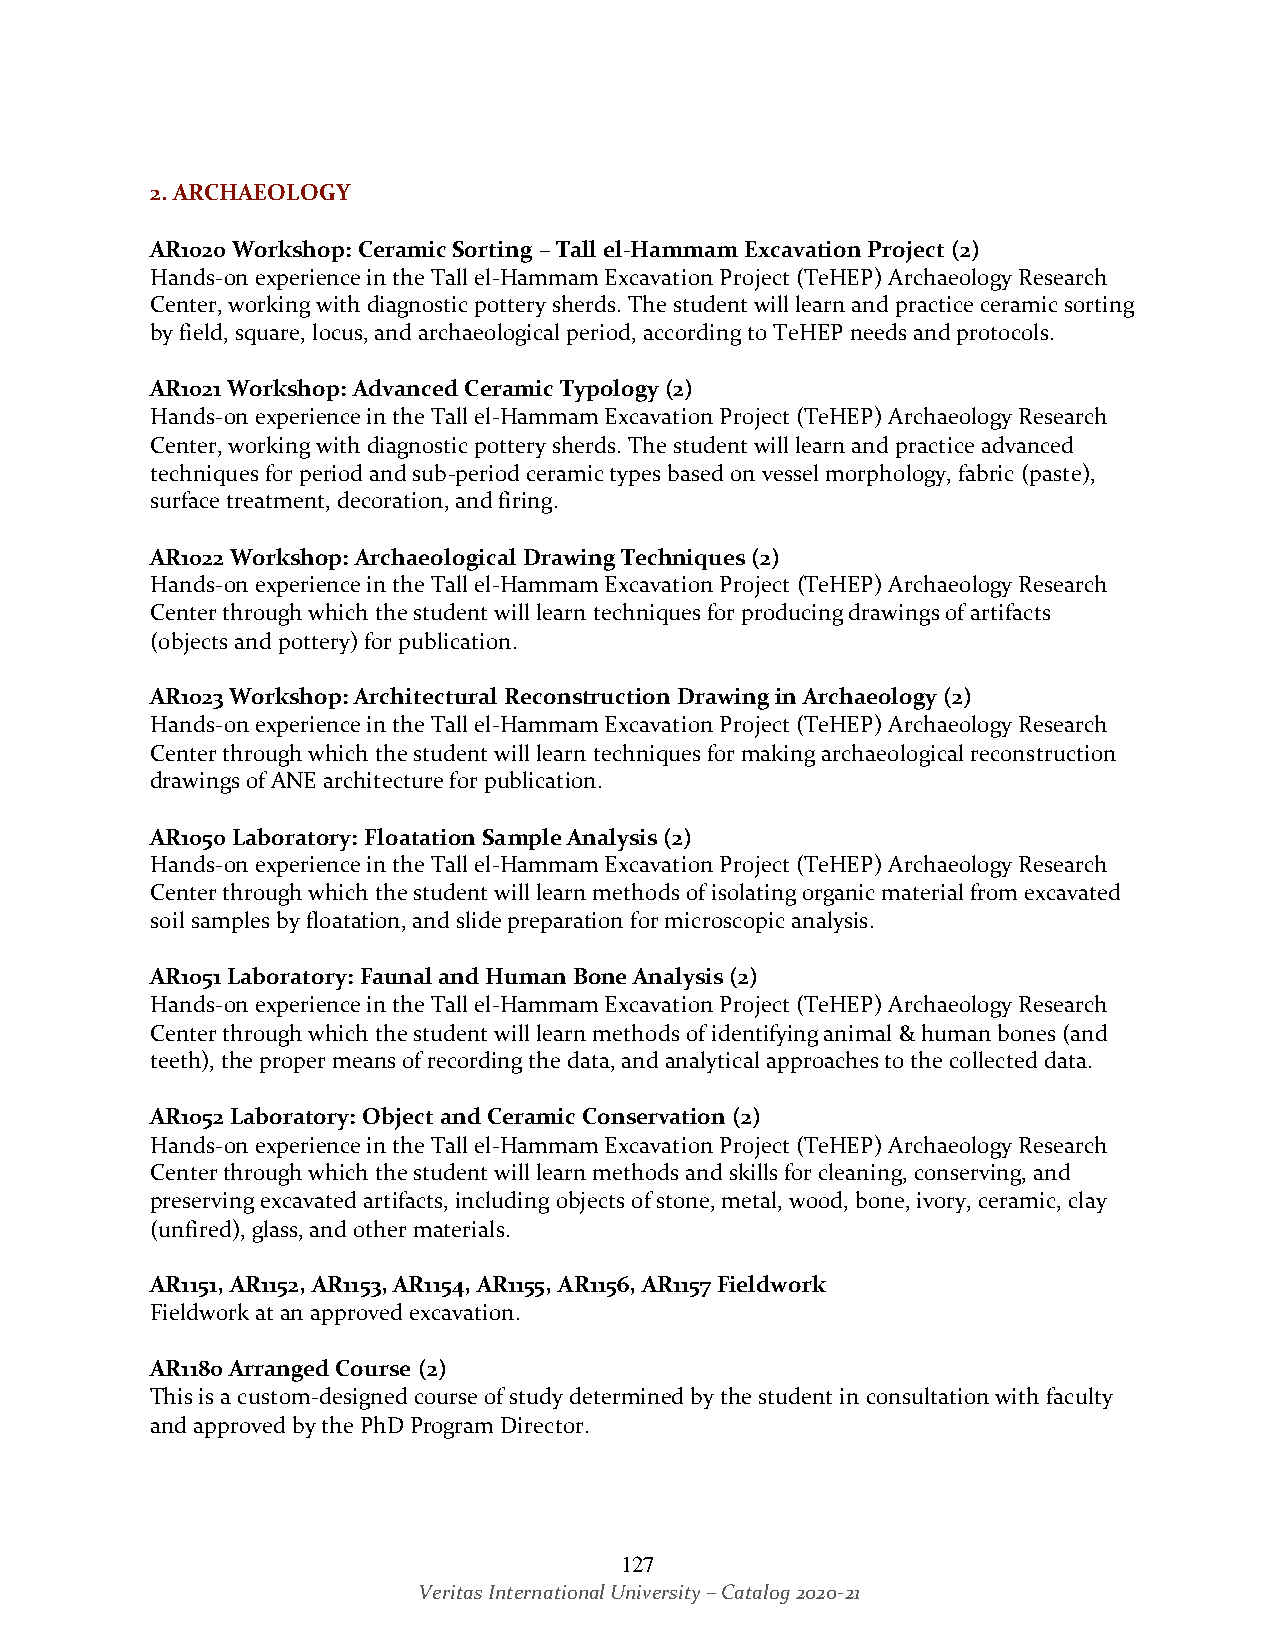
2. ARCHAEOLOGY
 AR1020 Workshop: Ceramic Sorting – Tall el-Hammam Excavation Project (2)
 Hands-on experience in the Tall el-Hammam Excavation Project (TeHEP) Archaeology Research
 Center, working with diagnostic pottery sherds. The student will learn and practice ceramic sorting
 by field, square, locus, and archaeological period, according to TeHEP needs and protocols.
 AR1021 Workshop: Advanced Ceramic Typology (2)
 Hands-on experience in the Tall el-Hammam Excavation Project (TeHEP) Archaeology Research
 Center, working with diagnostic pottery sherds. The student will learn and practice advanced
 techniques for period and sub-period ceramic types based on vessel morphology, fabric (paste),
 surface treatment, decoration, and firing.
 AR1022 Workshop: Archaeological Drawing Techniques (2)
 Hands-on experience in the Tall el-Hammam Excavation Project (TeHEP) Archaeology Research
 Center through which the student will learn techniques for producing drawings of artifacts
 (objects and pottery) for publication.
 AR1023 Workshop: Architectural Reconstruction Drawing in Archaeology (2)
 Hands-on experience in the Tall el-Hammam Excavation Project (TeHEP) Archaeology Research
 Center through which the student will learn techniques for making archaeological reconstruction
 drawings of ANE architecture for publication.
 AR1050 Laboratory: Floatation Sample Analysis (2)
 Hands-on experience in the Tall el-Hammam Excavation Project (TeHEP) Archaeology Research
 Center through which the student will learn methods of isolating organic material from excavated
 soil samples by floatation, and slide preparation for microscopic analysis.
 AR1051 Laboratory: Faunal and Human Bone Analysis (2)
 Hands-on experience in the Tall el-Hammam Excavation Project (TeHEP) Archaeology Research
 Center through which the student will learn methods of identifying animal & human bones (and
 teeth), the proper means of recording the data, and analytical approaches to the collected data.
 AR1052 Laboratory: Object and Ceramic Conservation (2)
 Hands-on experience in the Tall el-Hammam Excavation Project (TeHEP) Archaeology Research
 Center through which the student will learn methods and skills for cleaning, conserving, and
 preserving excavated artifacts, including objects of stone, metal, wood, bone, ivory, ceramic, clay
 (unfired), glass, and other materials.
 AR1151, AR1152, AR1153, AR1154, AR1155, AR1156, AR1157 Fieldwork
 Fieldwork at an approved excavation.
 AR1180 Arranged Course (2)
 This is a custom-designed course of study determined by the student in consultation with faculty
 and approved by the PhD Program Director.
 127
 Veritas International University – Catalog 2020-21